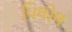
પિલોલ